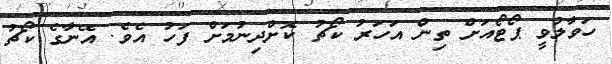
ހަވާލުވީ ޕޯޓޯއަށް ތިން އަހަރު ކޯޗު ކޮށްދިނުމަށް ފަހު އެވެ. އޭނާގެ ކޯޗު